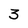
Character: 3